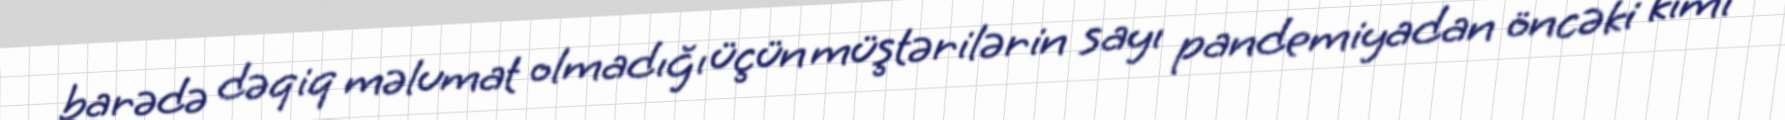
barədə dəqiq məlumat olmadığı üçün müştərilərin sayı pandemiyadan öncəki kimi